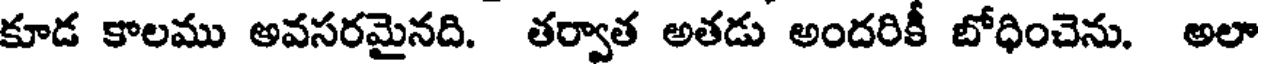
కూడ కాలము అవసరమైనది. తర్వాత అతడు అందరికీ బోధించెను. అలా